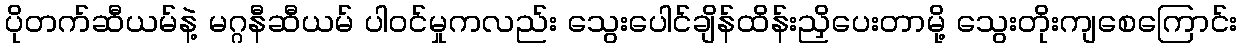
ပိုတက်ဆီယမ်နဲ့ မဂ္ဂနီဆီယမ် ပါဝင်မှုကလည်း သွေးပေါင်ချိန်ထိန်းညှိပေးတာမို့ သွေးတိုးကျစေကြောင်း